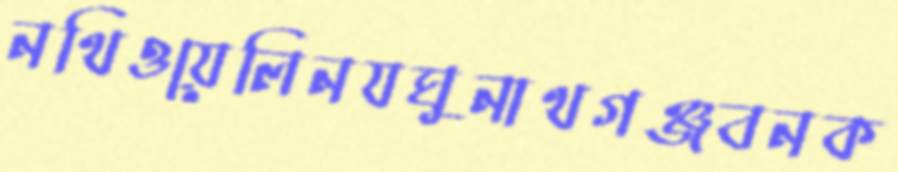
নথিওয়েলিনযঘুনাথগঞ্জবনক